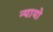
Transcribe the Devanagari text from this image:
न्यायो